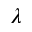
\lambda